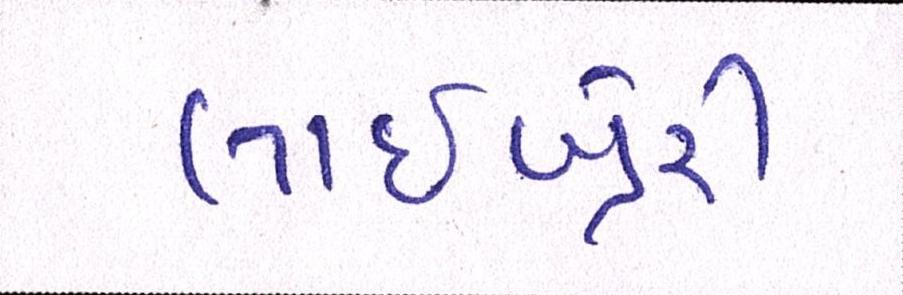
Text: લાઇબ્રેરી